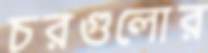
চরগুলোর